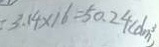
3 . 1 4 \times 1 6 = 5 0 . 2 4 ( d m ^ { 3 } )